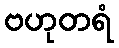
ဗဟုတရံ